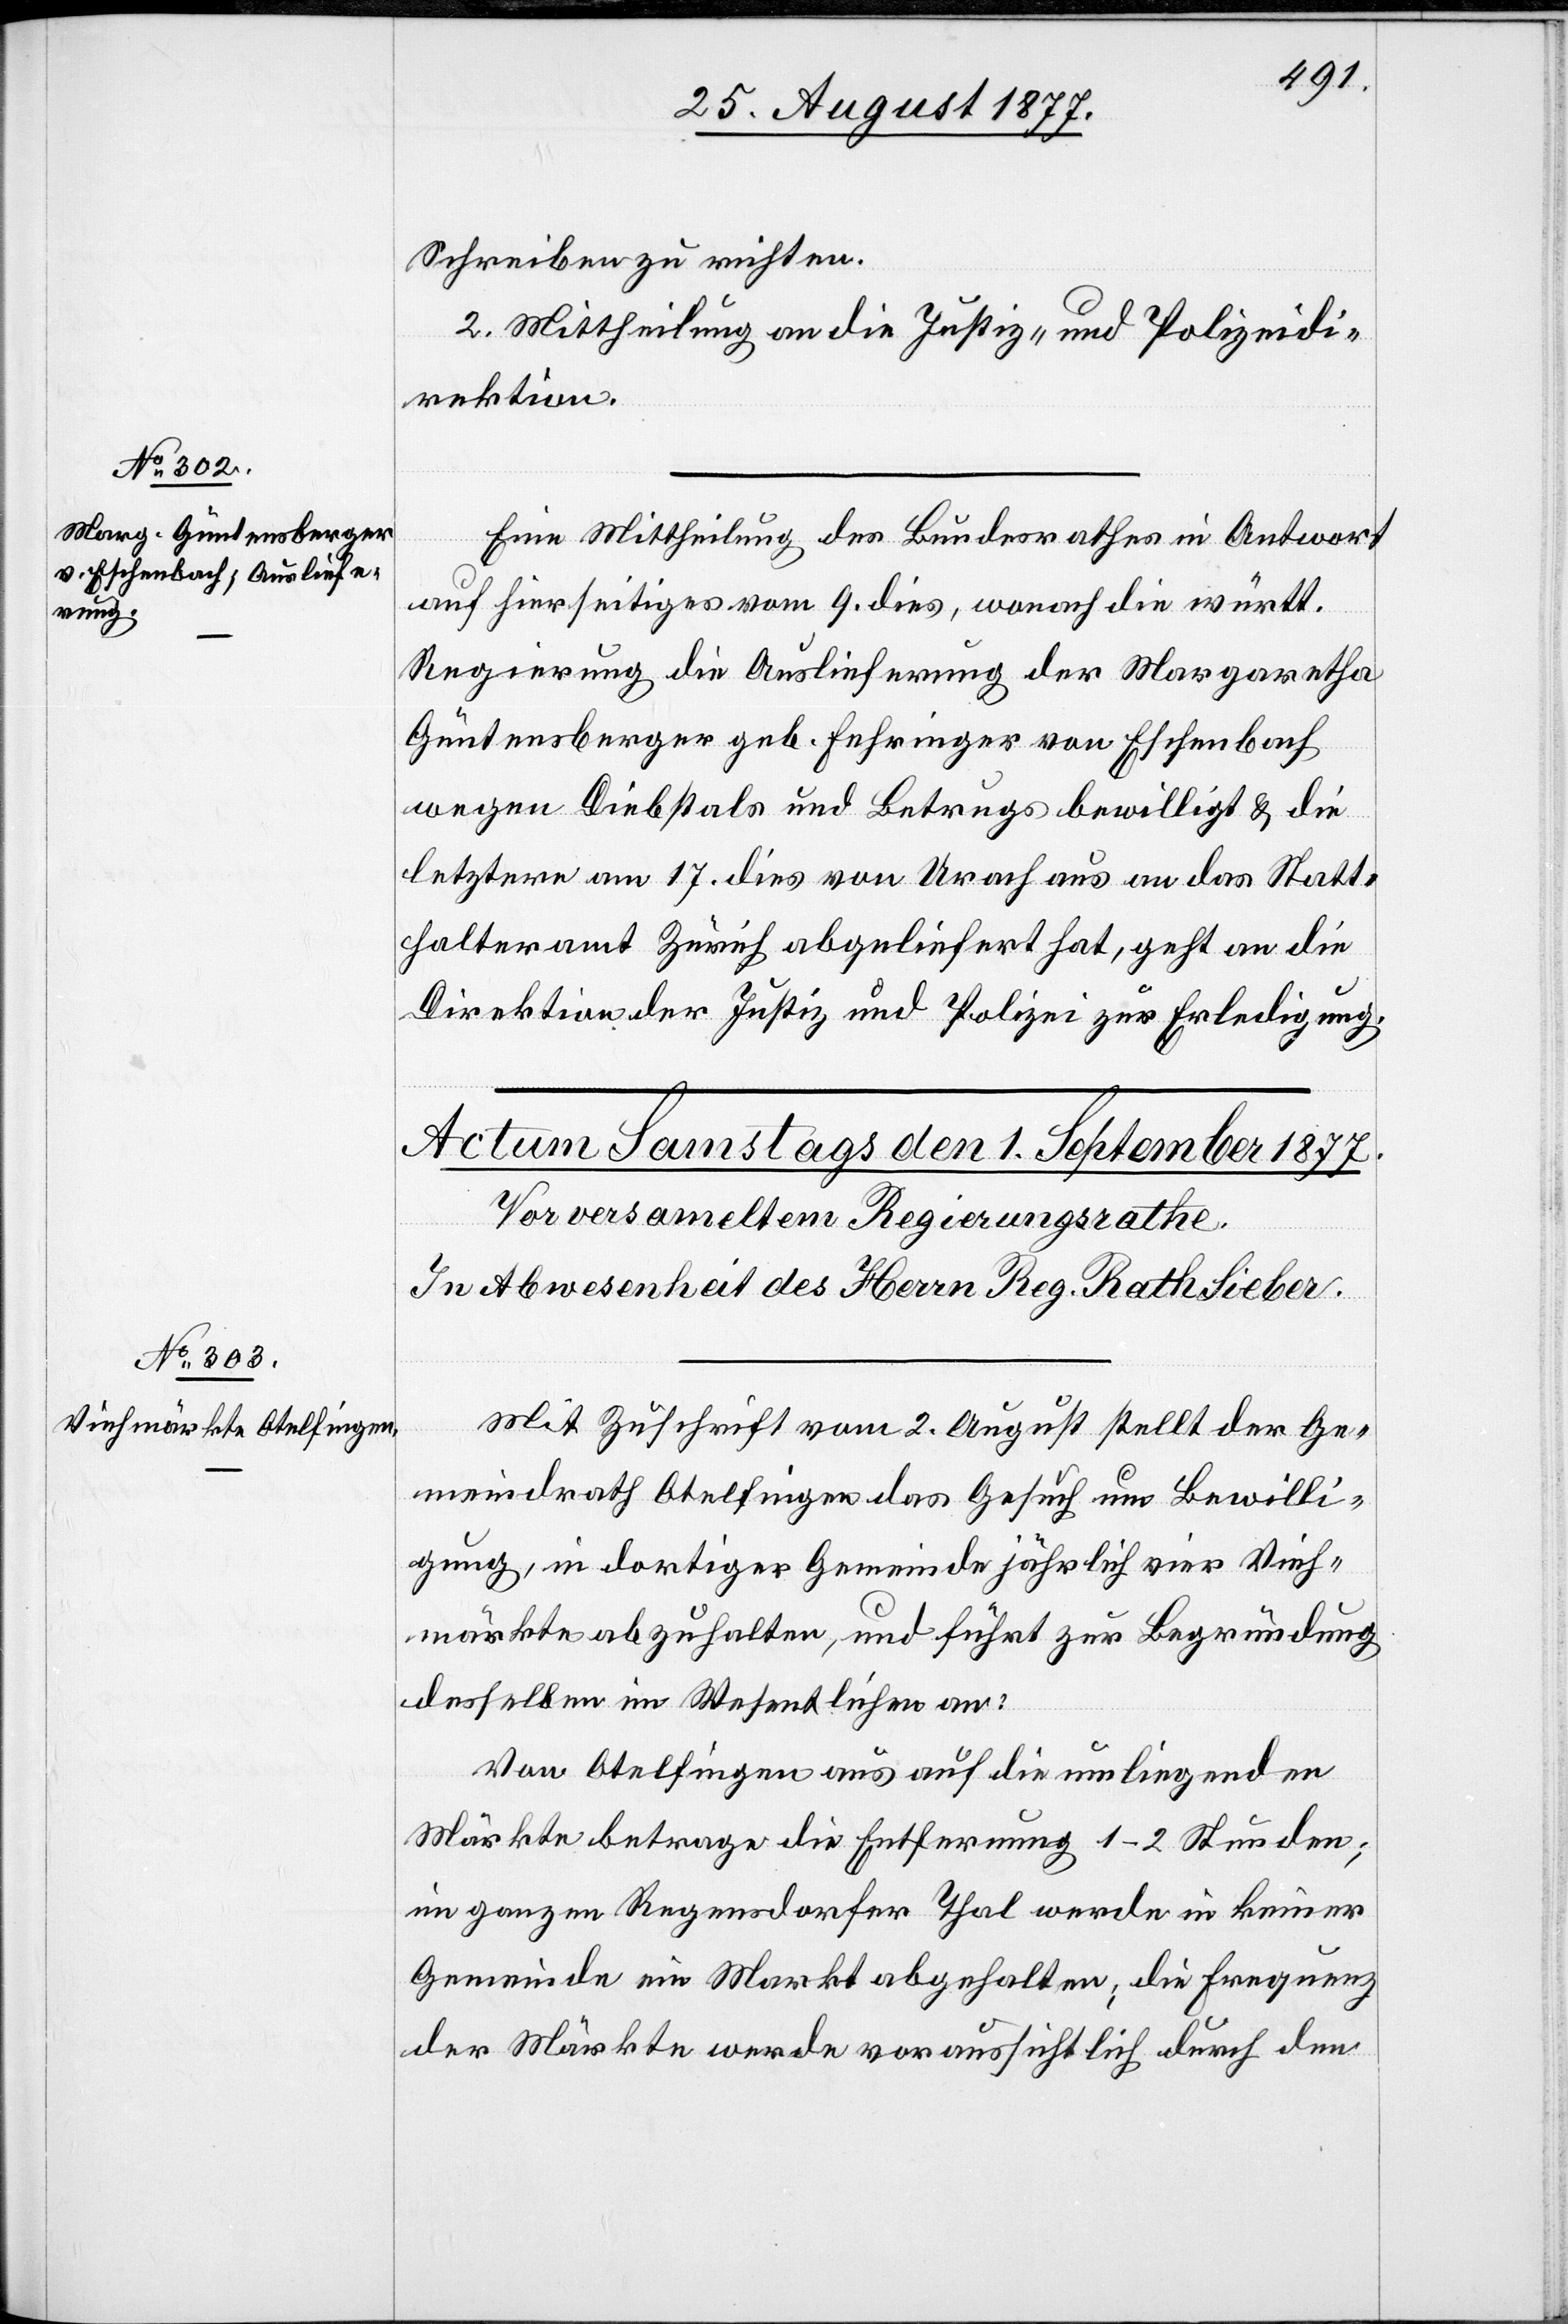
30. August 1877.]
Schreiben zu richten.
2. Mittheilung an die Justiz- und Polizeidi¬
rektion.
Eine Mittheilung des Bundesrathes in Antwort
auf hierseitiges vom 9. dies, wonach die württ.
Regierung die Auslieferung der Margaretha
Güntensberger geb. Fehringer von Eschenbach
wegen Diebstals und Betrugs bewilligt & die
letztere am 17. dies von Urach aus an das Statt¬
halteramt Zürich abgeliefert hat, geht an die
Direktion der Justiz und Polizei zur Erledigung.
Mit Zuschrift vom 2. August stellt der Ge¬
meindrath Otelfingen das Gesuch um Bewilli¬
gung, in dortiger Gemeinde jährlich vier Vieh¬
märkte abzuhalten, und führt zur Begründung
desselben im Wesentlichen an:
Von Otelfingen aus auf die umliegenden
Märkte betrage die Entfernung 1–2 Stunden;
im ganzen Regensdorfer Thal werde in keiner
Gemeinde ein Markt abgehalten; die Frequenz
der Märkte werde voraussichtlich durch den